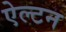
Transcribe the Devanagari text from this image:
ऐल्टन